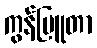
ကွန်ပြူတာ